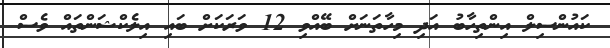
ކައުންސިލް އިންތިހާބު އަދި މިހާތަނަށް ބޭއްވި 12 ވަރަކަށް ބައި އިލެކްޝަންތައް ވެސް